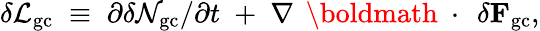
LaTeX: \delta{\cal L}_{\mathrm{gc}}\; \equiv\; \partial\delta{\cal N}_{\mathrm{gc}}/\partial t\; +\; \nabla\, \mathrm{~\boldmath~\cdot~}\, \delta{\mathbf F}_{\mathrm{gc}},